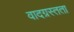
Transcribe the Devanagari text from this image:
वादग्रस्तता